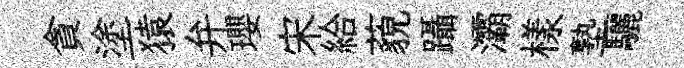
貪塗猿弁瓔宋給藐躡灞樣塾驪